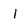
Character: 1